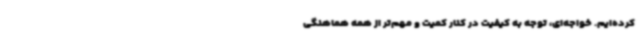
کرده‌ایم. خواجه‌ای، توجه به کیفیت در کنار کمیت و مهم‌تر از همه هماهنگی